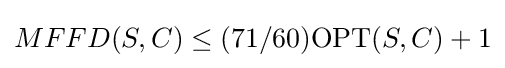
MFFD(S,C)\leq (71/60)\mathrm {OPT} (S,C)+1